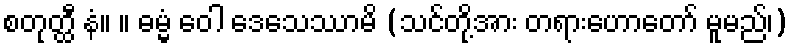
စတုတ္ထီ နံ။ ။ ဓမ္မံ ဝေါ ဒေသေဿာမိ (သင်တို့အား တရားဟောတော် မူမည်၊)